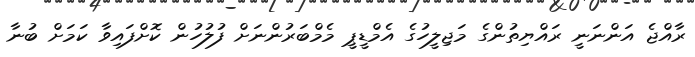
ރާއްޖެ އަންނަނީ ރައްޔިތުންގެ މަޖިލީހުގެ އެމްޑީޕީ މެމްބަރުންނަށް ފުލުހުން ކޮށްފައިވާ ކަމަށް ބުނާ